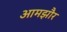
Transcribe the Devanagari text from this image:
आमझौर